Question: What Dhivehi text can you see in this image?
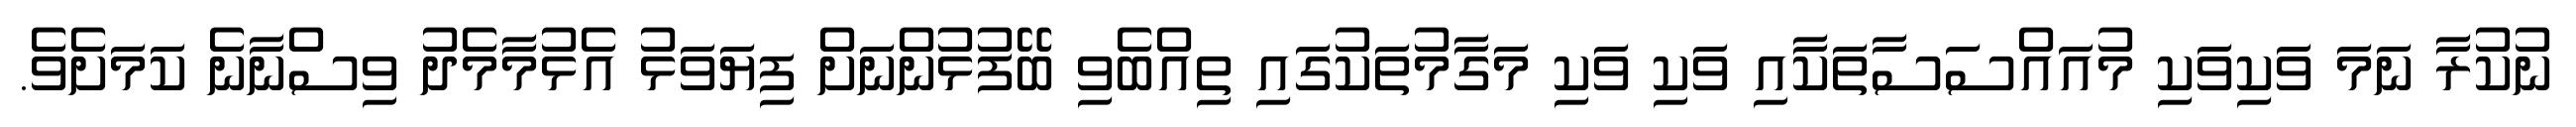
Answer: ނުކުރާ ނަމަ ވަކިވަކި މުއައްސަސާތަކާއި ވަކި ވަކި މަގާމުތަކުގައި ތިއްބެވި ބޭފުޅުންނަށް ފިޔަވަޅު އެޅުމާމެދު ވިސްނާނެ ކަމަށެވެ.